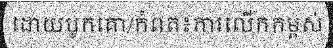
ដោយបូកគោ/កំពត៖ការលើកកម្ពស់